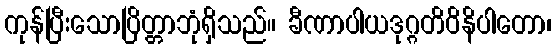
ကုန်ပြီးသောပြိတ္တာဘုံရှိသည်။ ခီဏာပါယဒုဂ္ဂတိဝိနိပါတော၊